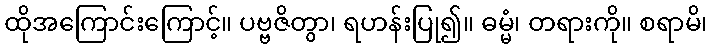
ထိုအကြောင်းကြောင့်။ ပဗ္ဗဇိတွာ၊ ရဟန်းပြု၍။ ဓမ္မံ၊ တရားကို။ စရာမိ၊